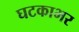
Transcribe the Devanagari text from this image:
घटकाभर